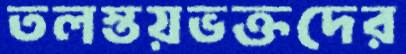
তলস্তয়ভক্তদের